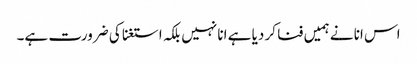
اس انا نے ہمیں فنا کر دیا ہے انا نہیں بلکہ استغنا کی ضرورت ہے۔